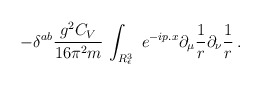
\begin{align*}\displaystyle -{\delta }^{ab}\frac{g^2C_V}{16\pi ^2m}\,\int_{R_\epsilon ^3}~e^{-ip.x}\partial _\mu \frac 1r\partial _\nu \frac 1r \, . \end{align*}